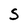
Character: S